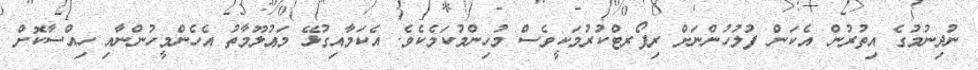
ނުދިނުމުގެ އިތުރުން އެކަން ފުލުހުންނަށް ރިޕޯރޓްކުރުމަކީވެސް މުހިންމުކަމެކެވެ. އެކަމާއިގުޅޭ މަޢުލޫމާތު އެހެންމީހުންނާއި ހިއްސާކޮށް